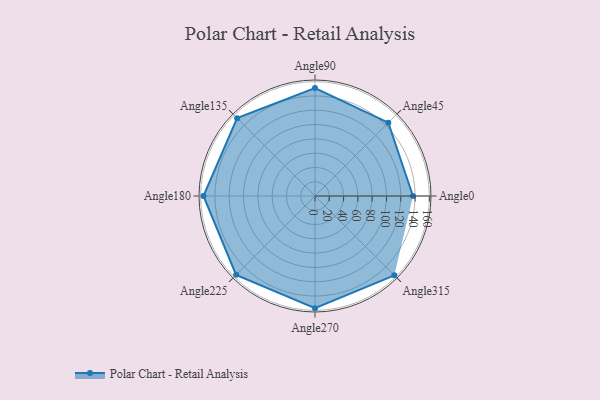
{"axis": {"x": "Angle", "y": "Radius"}, "legend": [""], "data": [{"x": "Angle0", "y": 137.0, "type": ""}, {"x": "Angle45", "y": 145.0, "type": ""}, {"x": "Angle90", "y": 151.0, "type": ""}, {"x": "Angle135", "y": 154.0, "type": ""}, {"x": "Angle180", "y": 156.0, "type": ""}, {"x": "Angle225", "y": 156.0, "type": ""}, {"x": "Angle270", "y": 157.0, "type": ""}, {"x": "Angle315", "y": 157.0, "type": ""}]}